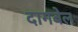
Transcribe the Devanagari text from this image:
दागबेल